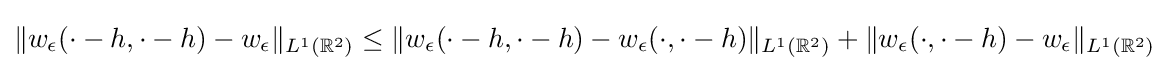
\Vert w_{\epsilon }(\cdot -h,\cdot -h)-w_{\epsilon }\Vert _{L^{1}(\mathbb {R} ^{2})}\leq \Vert w_{\epsilon }(\cdot -h,\cdot -h)-w_{\epsilon }(\cdot ,\cdot -h)\Vert _{L^{1}(\mathbb {R} ^{2})}+\Vert w_{\epsilon }(\cdot ,\cdot -h)-w_{\epsilon }\Vert _{L^{1}(\mathbb {R} ^{2})}